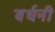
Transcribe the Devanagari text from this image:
वर्धनी